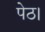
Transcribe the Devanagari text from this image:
पेठ।